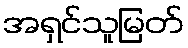
အရှင်သူမြတ်